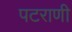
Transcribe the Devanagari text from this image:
पटराणी